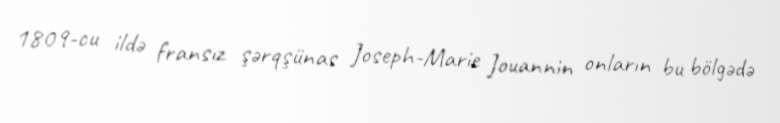
1809-cu ildə fransız şərqşünas Joseph-Marie Jouannin onların bu bölgədə